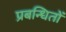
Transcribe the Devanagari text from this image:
प्रबन्धितों